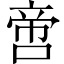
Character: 啻